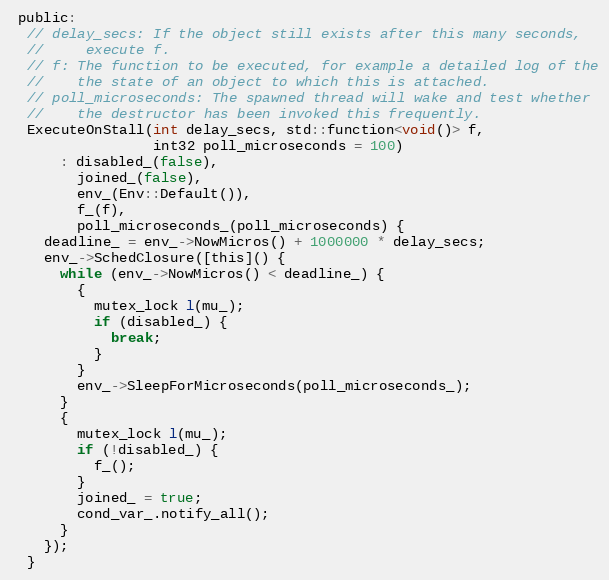
Language: C
 public:
  // delay_secs: If the object still exists after this many seconds,
  //     execute f.
  // f: The function to be executed, for example a detailed log of the
  //    the state of an object to which this is attached.
  // poll_microseconds: The spawned thread will wake and test whether
  //    the destructor has been invoked this frequently.
  ExecuteOnStall(int delay_secs, std::function<void()> f,
                 int32 poll_microseconds = 100)
      : disabled_(false),
        joined_(false),
        env_(Env::Default()),
        f_(f),
        poll_microseconds_(poll_microseconds) {
    deadline_ = env_->NowMicros() + 1000000 * delay_secs;
    env_->SchedClosure([this]() {
      while (env_->NowMicros() < deadline_) {
        {
          mutex_lock l(mu_);
          if (disabled_) {
            break;
          }
        }
        env_->SleepForMicroseconds(poll_microseconds_);
      }
      {
        mutex_lock l(mu_);
        if (!disabled_) {
          f_();
        }
        joined_ = true;
        cond_var_.notify_all();
      }
    });
  }